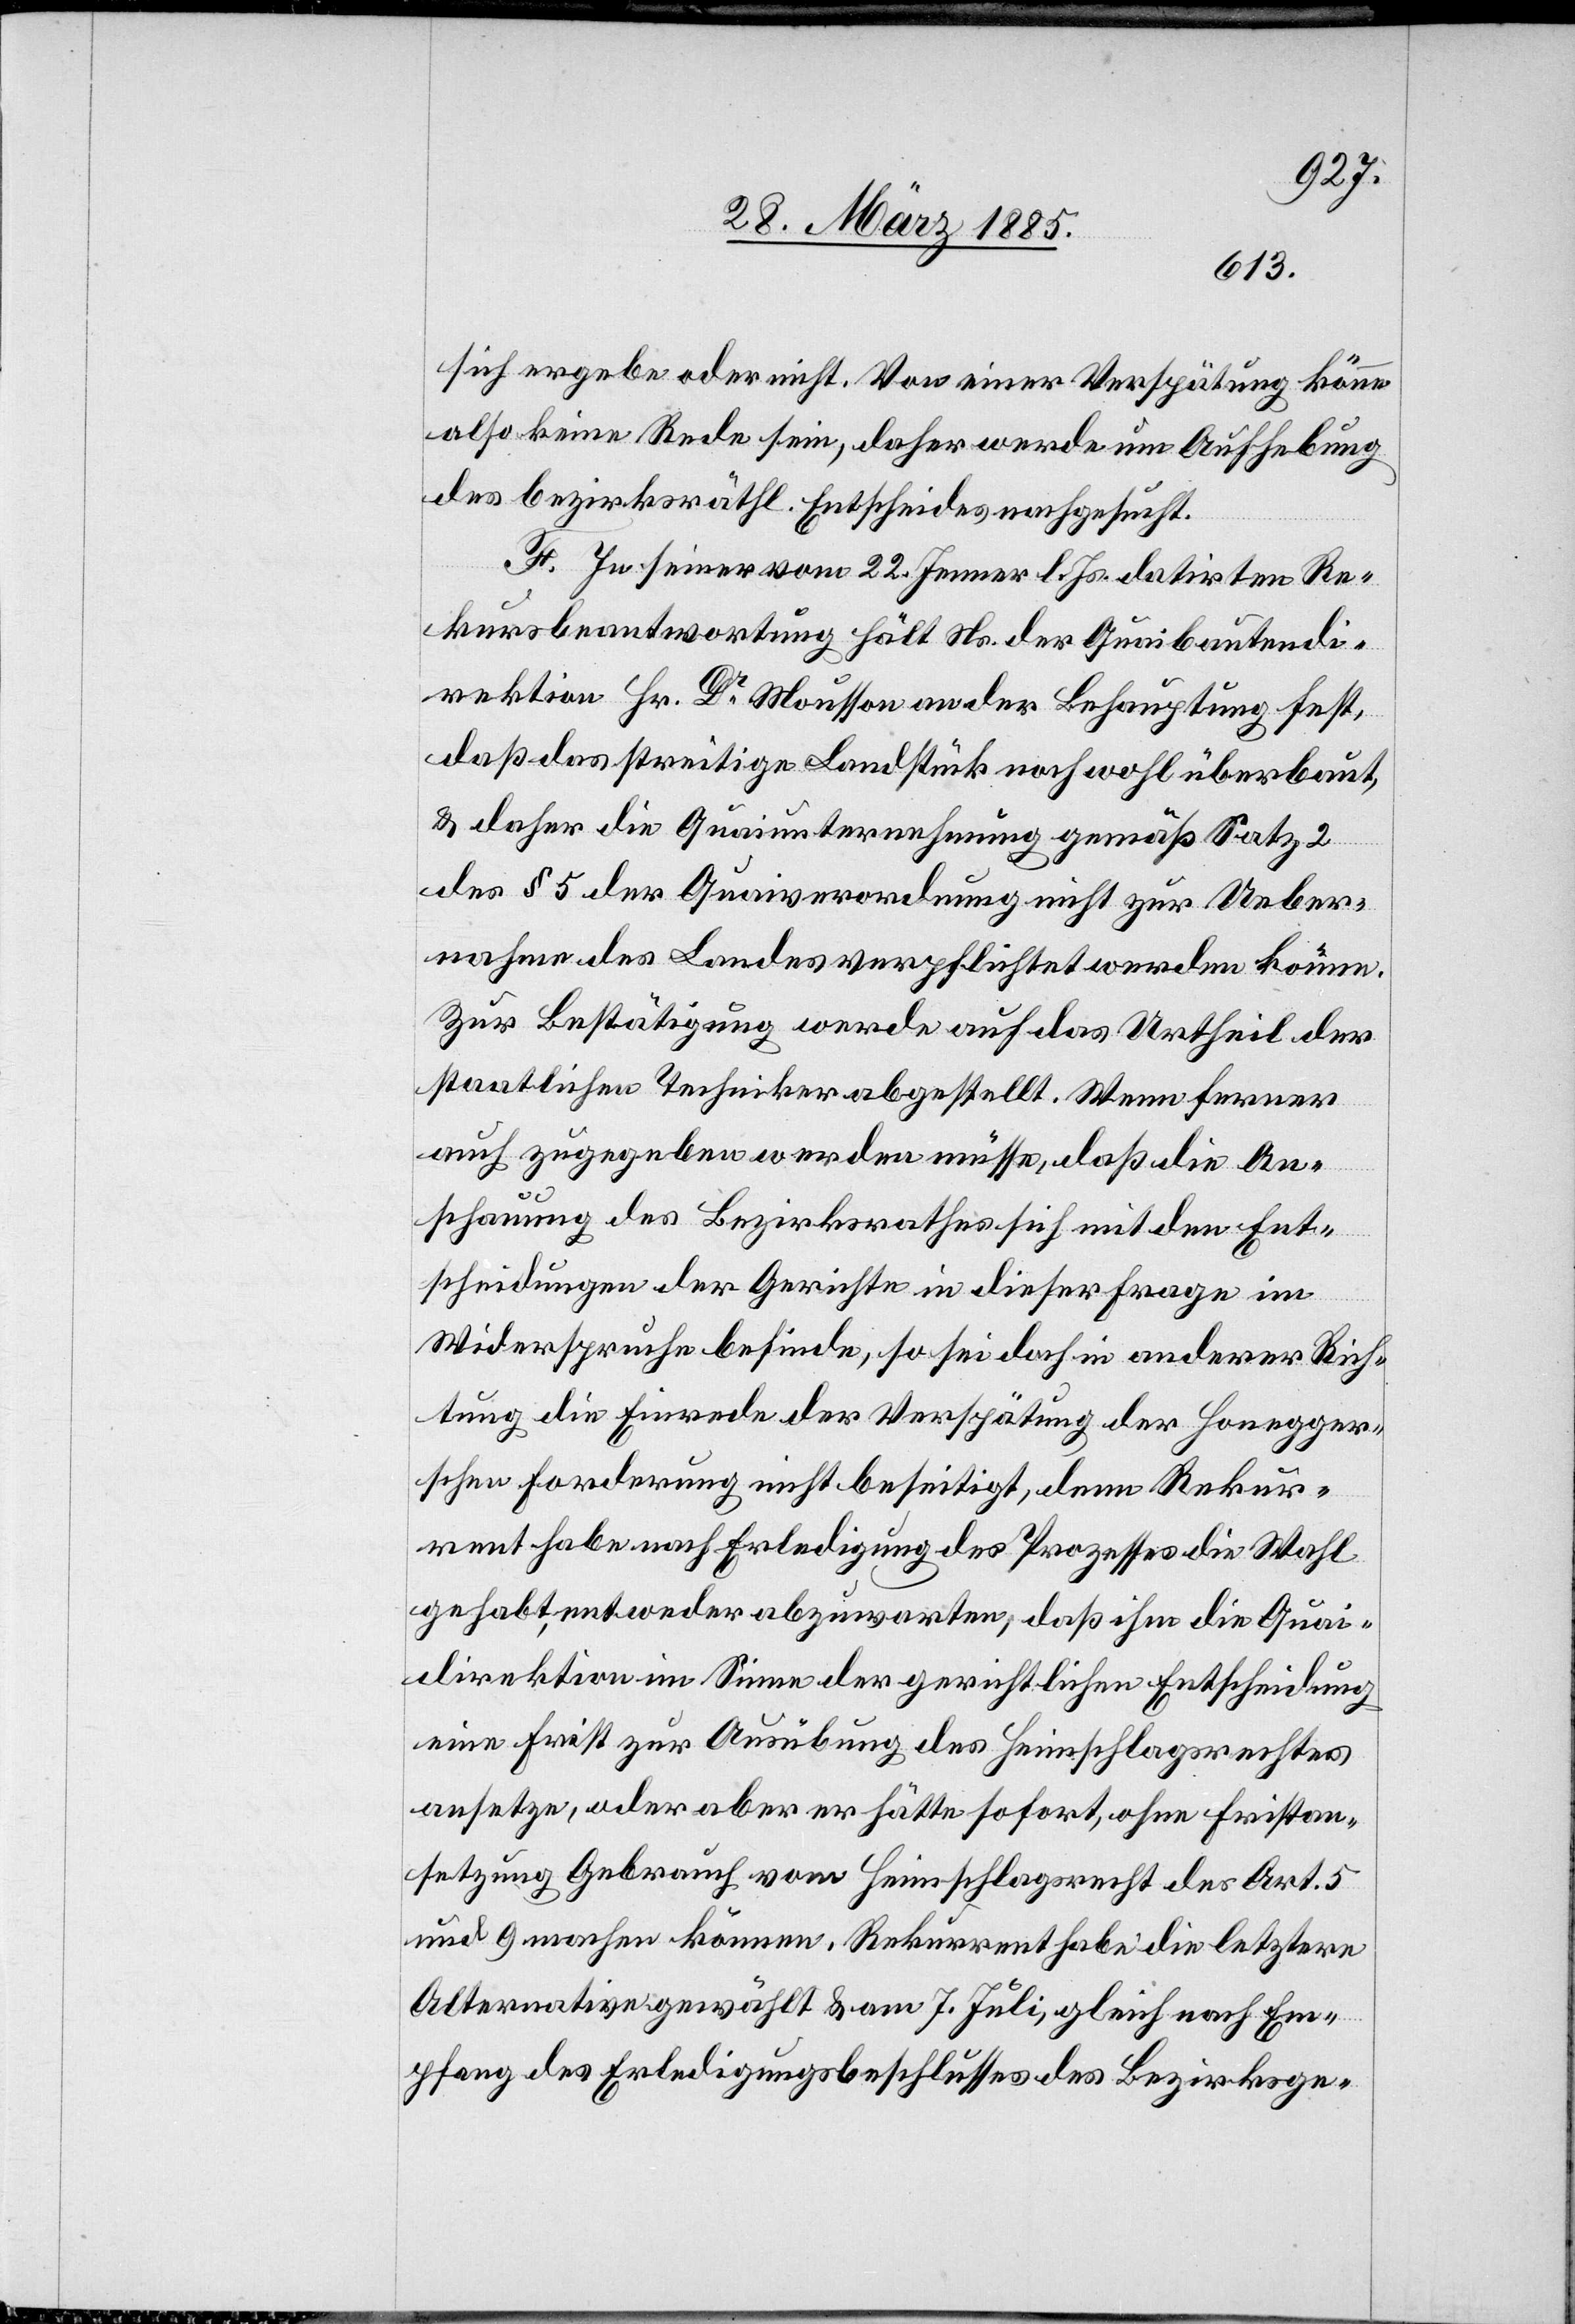
sich ergebe oder nicht. Von einer Verspätung könne
also keine Rede sein, daher werde um Aufhebung
des bezirksräthl. Entscheides nachgesucht.
F. In seiner vom 22. Jenner l. Js. datirten Re¬
kursbeantwortung hält Ns. der Quaibautendi¬
rektion Hr. Dr Mousson an der Behauptung fest,
daß das streitige Landstück noch wohl überbaut,
& daher die Quaiunternehmung gemäß Satz 2
des § 5 der Quaiverordnung nicht zur Ueber¬
nahme des Landes verpflichtet werden könne.
Zur Bestätigung werde auf das Urtheil der
staatlichen Techniker abgestellt. Wenn ferner
auch zugegeben werden müsse, daß die An¬
schauung des Bezirksrathes sich mit den Ent¬
scheidungen der Gerichte in dieser Frage im
Widerspruche befinde, so sei doch in anderer Rich¬
tung die Einrede der Verspätung der Honegger¬
schen Forderung nicht beseitigt, denn Rekur¬
rent habe nach Erledigung des Prozesses die Wahl
gehabt, entweder abzuwarten, daß ihm die Quai¬
direktion im Sinne der gerichtlichen Entscheidung
eine Frist zur Ausübung des Heimschlagsrechtes
ansetze, oder aber er hätte sofort, ohne Fristan¬
setzung Gebrauch vom Heimschlagsrecht des Art. 5
und 9 machen können. Rekurrent habe die letztere
Alternative gewählt & am 7. Juli, gleich nach Em¬
pfang des Erledigungsbeschlusses des Bezirksge-